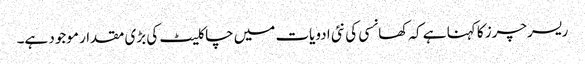
ریسرچرز کا کہنا ہے کہ کھانسی کی نئی ادویات میں چاکلیٹ کی بڑی مقدار موجود ہے۔